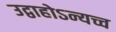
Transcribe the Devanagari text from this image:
उद्वाहोऽन्यच्च